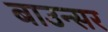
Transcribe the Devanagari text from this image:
बाउन्सर